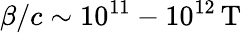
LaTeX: \beta/c\sim 10^{11}-10^{12}\, \textrm{T}